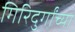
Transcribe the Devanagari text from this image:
गिरिदुर्गांच्या